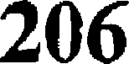
206